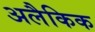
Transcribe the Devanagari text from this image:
अलैकिक